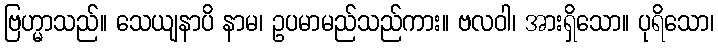
ဗြဟ္မာသည်။ သေယျနာပိ နာမ၊ ဥပမာမည်သည်ကား။ ဗလဝါ၊ အားရှိသော။ ပုရိသော၊